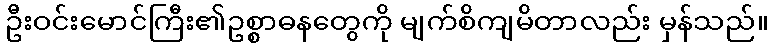
ဦးဝင်းမောင်ကြီး၏ဥစ္စာဓနတွေကို မျက်စိကျမိတာလည်း မှန်သည်။